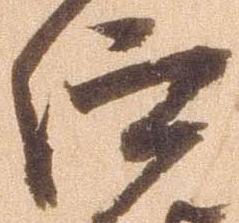
仰